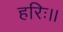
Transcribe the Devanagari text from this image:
हरिः।।